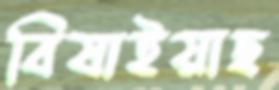
বিষাইয়াছ